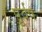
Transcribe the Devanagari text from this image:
पूर्वष